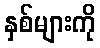
နှစ်များကို